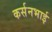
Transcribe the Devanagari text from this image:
कर्सनभाई